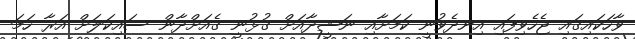
ވާހަކައިގައި ޖެހެވިފައި އިނދެވުނީ ކަމަށާއި ނަޝީދާއަށް ގުޅުނީ ގެއަށްދާން ސައިކަލަށް އަރާ ހަމަ